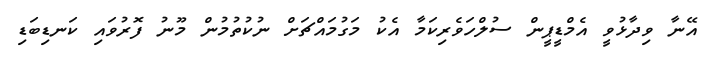
އޭނާ ވިދާޅުވީ އެމްޑީޕީން ސުލްހަވެރިކަމާ އެކު މަގުމައްޗަށް ނުކުތުމުން މޫނު ފޮރުވައި ކަނޑިބަޑި